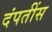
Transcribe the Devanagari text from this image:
दंपतींस